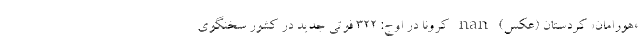
«هورامان» کردستان (عکس) nan کرونا در اوج: ۳۲۲ فوتی جدید در کشور سخنگوی